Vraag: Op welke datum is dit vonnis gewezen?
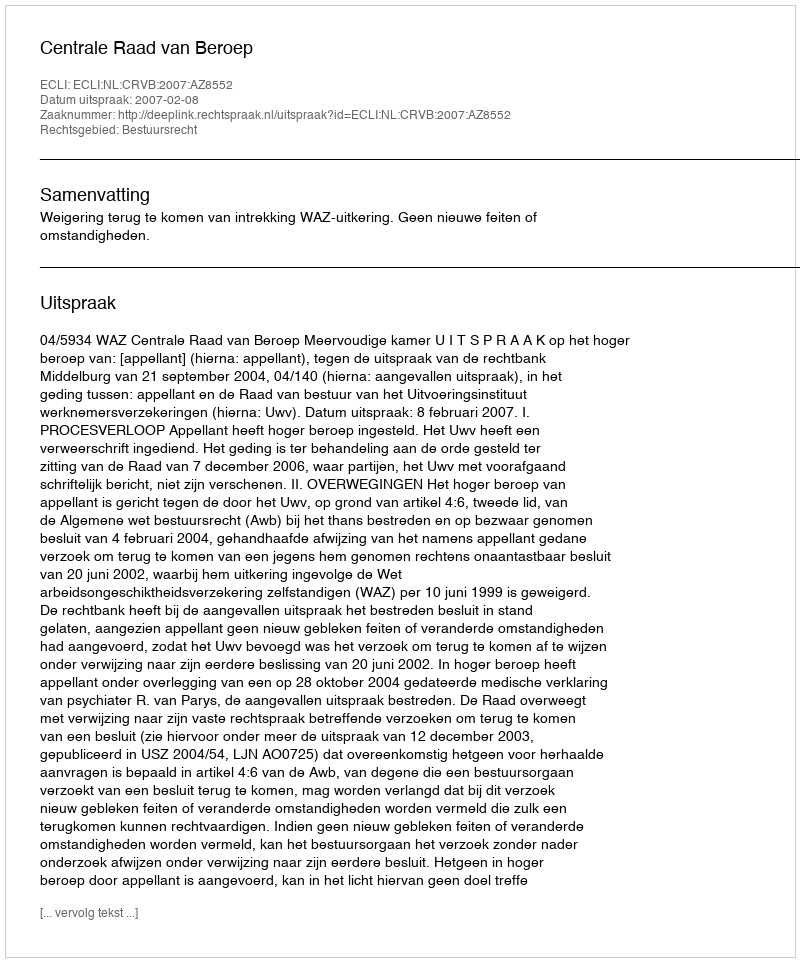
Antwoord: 2007-02-08